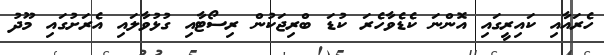
ހެރައާއި ކައިރީގައި އޮންނަ ކެޑެވާހެރަ ކުޑަ ބްރިޖަކުން ރިސޯޓާއި ގުޅުވާލައި އެރަށުގައި މޫދު